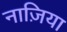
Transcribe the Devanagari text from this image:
नाज़िया